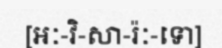
[អៈ-វិ-សា-រ៉ៈ-ទោ]